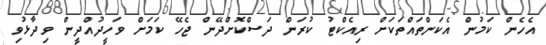
އެހެން ކަމުން އެކަންތައްތަކަށް ރިއެކްޓު ކުރަން ދަސްކޮށްދޭން ޖެހޭ ކަމަށް ވަހީދުއްދީން ވިދާޅުވި